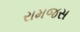
રામજસ